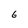
Character: 6